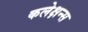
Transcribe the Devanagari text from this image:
कलेक्षन्स